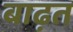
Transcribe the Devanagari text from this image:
बाढ़त